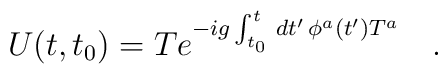
U(t,t_0)=Te^{-ig\int_{t_0}^{t}\,dt'\,\phi^a(t')T^a}\ \ \ .